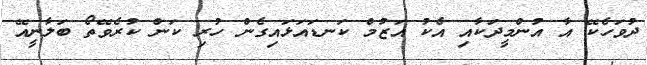
ދުވަހެކޭ އާ އުންމީދަކާއި އެކު އަޒުމް ކަނޑައަޅައިގެން ހުރި ކަން ކުރެވޭތޯ ބަލާނީއޭ